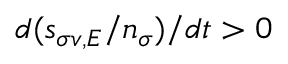
d ( s _ { \sigma v , { \cal E } } / n _ { \sigma } ) / d t > 0